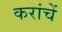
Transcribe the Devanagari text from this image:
करांचें